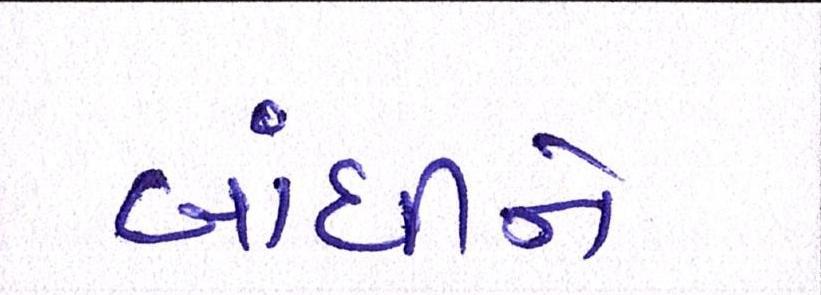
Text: બાંધીને